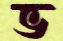
ভ